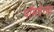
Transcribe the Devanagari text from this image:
पॉमरेन्या